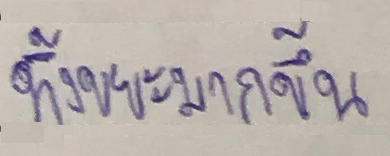
ทิ้งขยะมากขึ้น